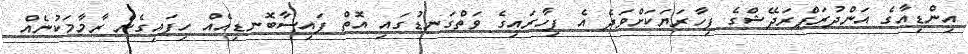
އިންޑިއާގެ އަންދުރަޕްރަދޭޝްގެ ފިހާރަޔަކަށްވަދެ އެ ފިހާރައިގެ ވަތްގަނޑުގައި އޮތް ފައިސާބޮނޑިއެއް ހިފައިގެން ރާމާމަކުނެއް